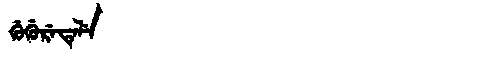
Manchu: ᡤᡠᡤᡠᡵᡝᡨᡝᠯᡝ
Romanization: GUGURETELE